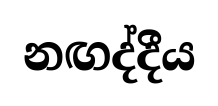
නඟද්දීය